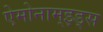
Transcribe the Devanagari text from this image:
ऐमोनाम्‌इड्स